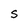
Character: S